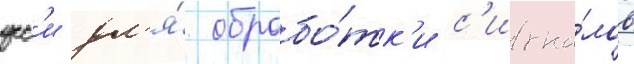
усс'и дл'я́ обрабо́тк'и с'игна́лов